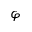
\varphi